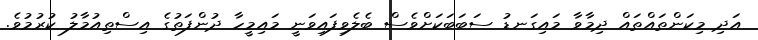
އަދި މިކަންތައްތައް ދިމާވާ މައިގަނޑު ސަބަބަކަށްވެސް ބެލެވިފައިވަނީ މައިމީހާ ދުންފަތުގެ އިސްތިއުމާލު ކުރުމުވެ.